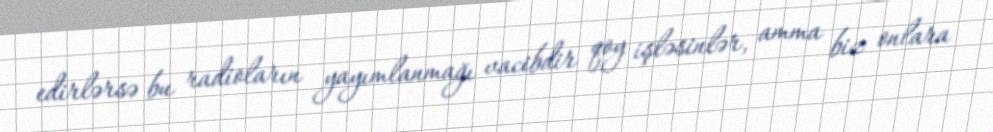
edirlərsə bu radioların yayımlanmağı vacibdir qoy işləsinlər, amma biz onlara